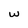
Character: w